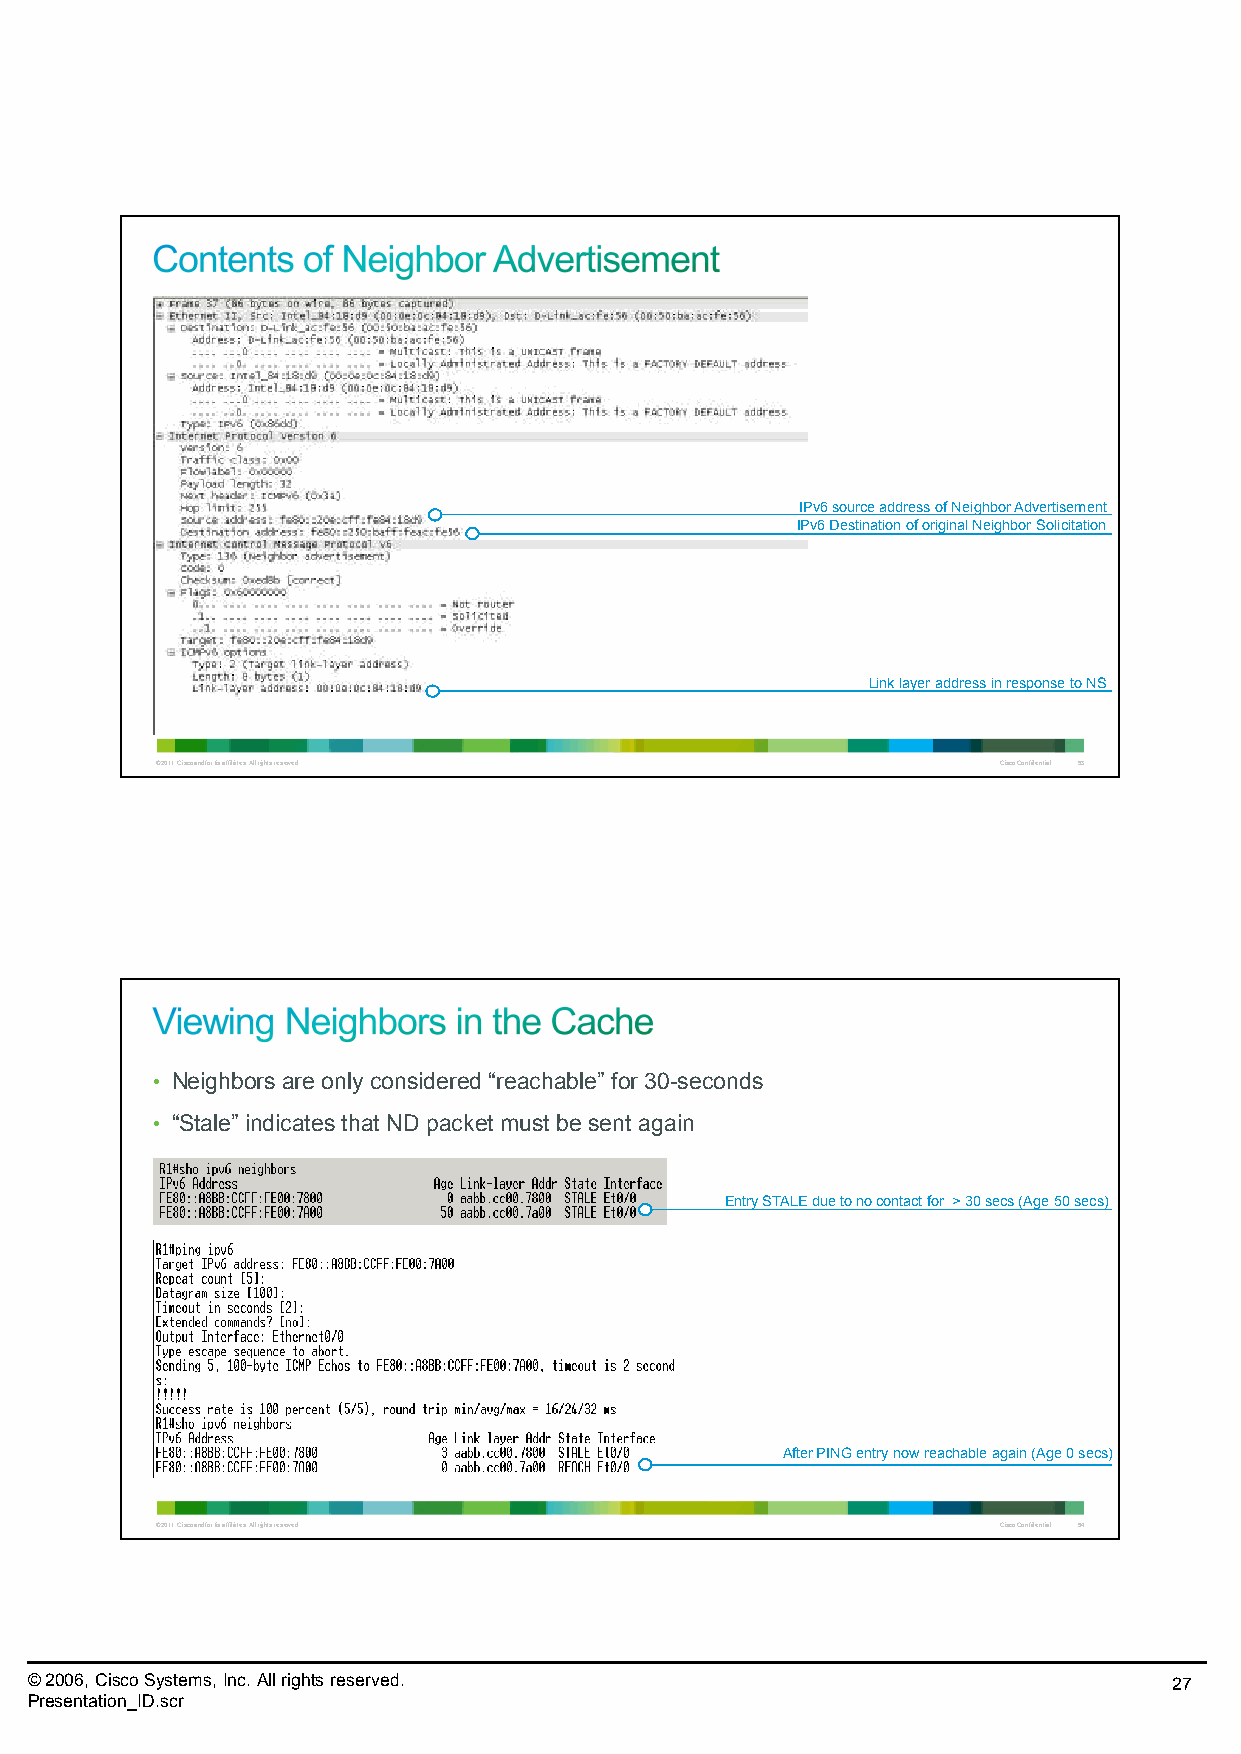
IPv6 source address of NeighborAdvertisement
 IPv6 Destination of original Neighbor Solicitation
 Link layer address in response to NS
 © 2011 Cisco and/or its affiliates. All rights reserved. Cisco Confidential 53
 • Neighbors are only considered “reachable” for 30-seconds
 • “Stale” indicates that ND packet must be sent again
 Entry STALE due to no contact for > 30 secs (Age 50 secs)
 After PING entry now reachable again (Age 0 secs)
 © 2011 Cisco and/or its affiliates. All rights reserved. Cisco Confidential 54
 © 2006, Cisco Systems, Inc. All rights reserved.                            27
 Presentation_ID.scr